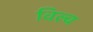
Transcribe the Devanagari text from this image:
विल्व